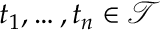
t _ { 1 } , \ldots , t _ { n } \in { \mathcal { T } }